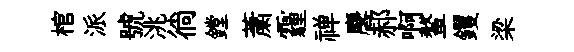
棺派號洮徜鏜䔥霾禅麐郝啊鳌钁梁